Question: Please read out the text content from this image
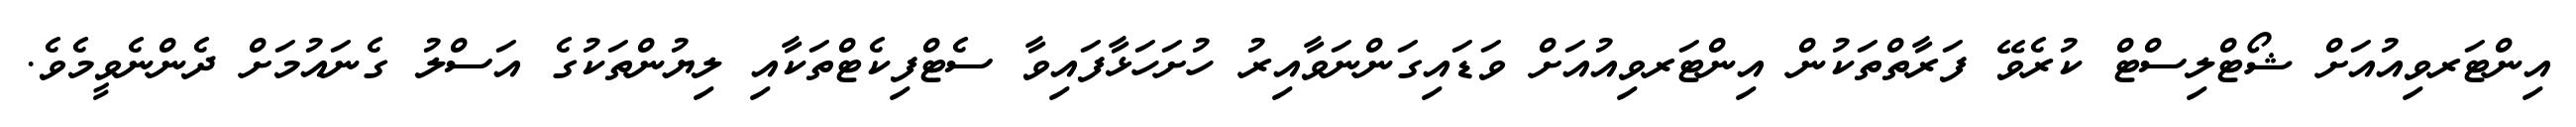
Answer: އިންޓަރވިއުއަށް ޝޯޓްލިސްޓް ކުރެވޭ ފަރާތްތަކުން އިންޓަރވިއުއަށް ވަޑައިގަންނަވާއިރު ހުށަހަޅާފައިވާ ސެޓްފިކެޓްތަކާއި ލިޔުންތަކުގެ އަސްލު ގެނައުމަށް ދެންނެވީމެވެ.